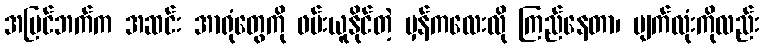
အပြင်ဘက်က အဆင်း အာရုံတွေကို ဖမ်းယူနိုင်တဲ့ မှန်ကလေးလို ကြည်နေတာ၊ မျက်လုံးကိုလည်း